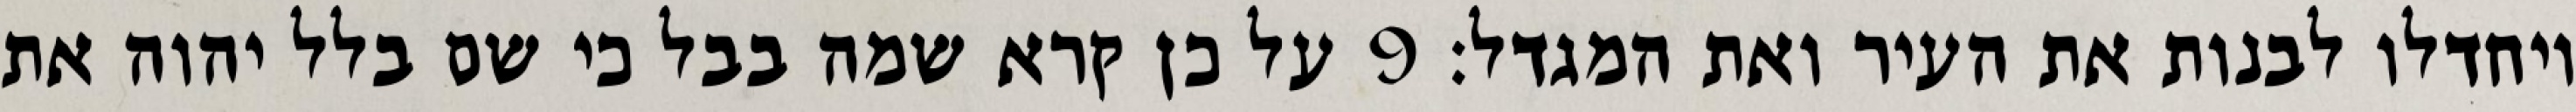
ויחדלו לבנות את העיר ואת המגדל׃ ‎9‏ על כן קרא שמה בבל כי שם בלל יהוה את